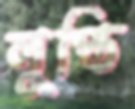
লুপ্তি